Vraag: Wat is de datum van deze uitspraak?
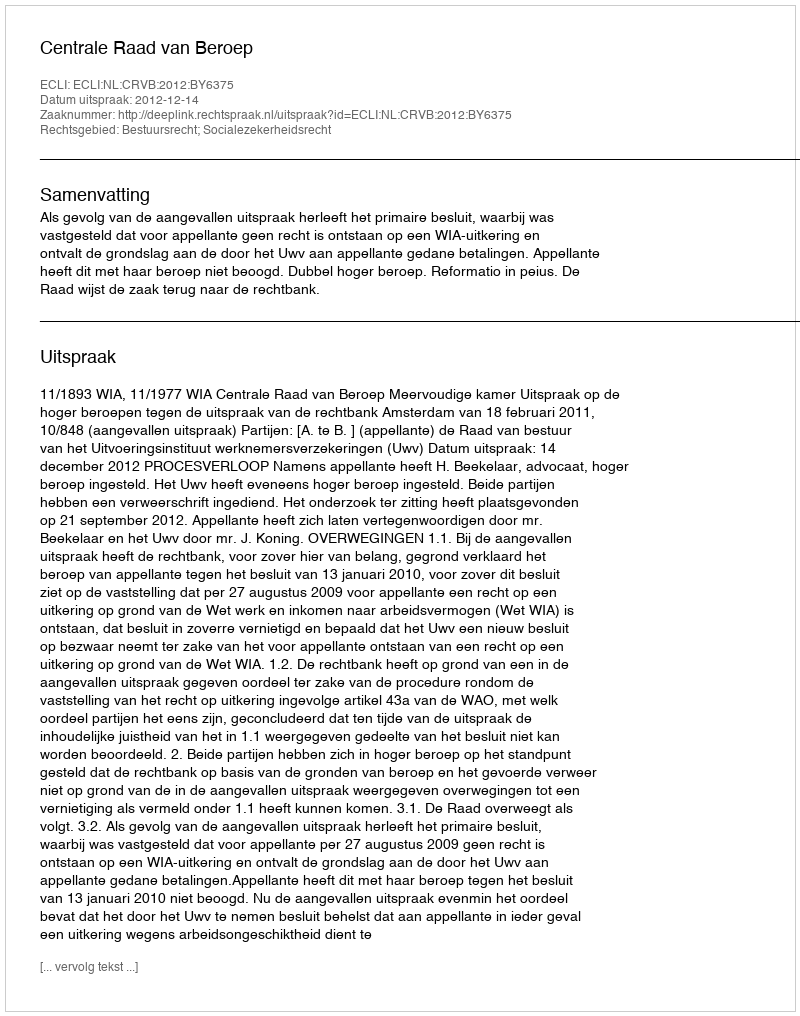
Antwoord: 2012-12-14